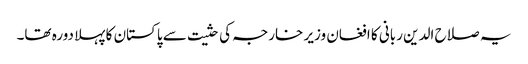
یہ صلاح الدین ربانی کا افغان وزیر خارجہ کی حثیت سے پاکستان کا پہلا دورہ تھا۔